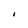
Character: I